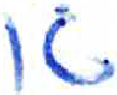
אות: א